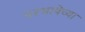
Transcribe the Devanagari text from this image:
परभाषेच्या